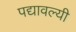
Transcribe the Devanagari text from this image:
पद्यावल्यी